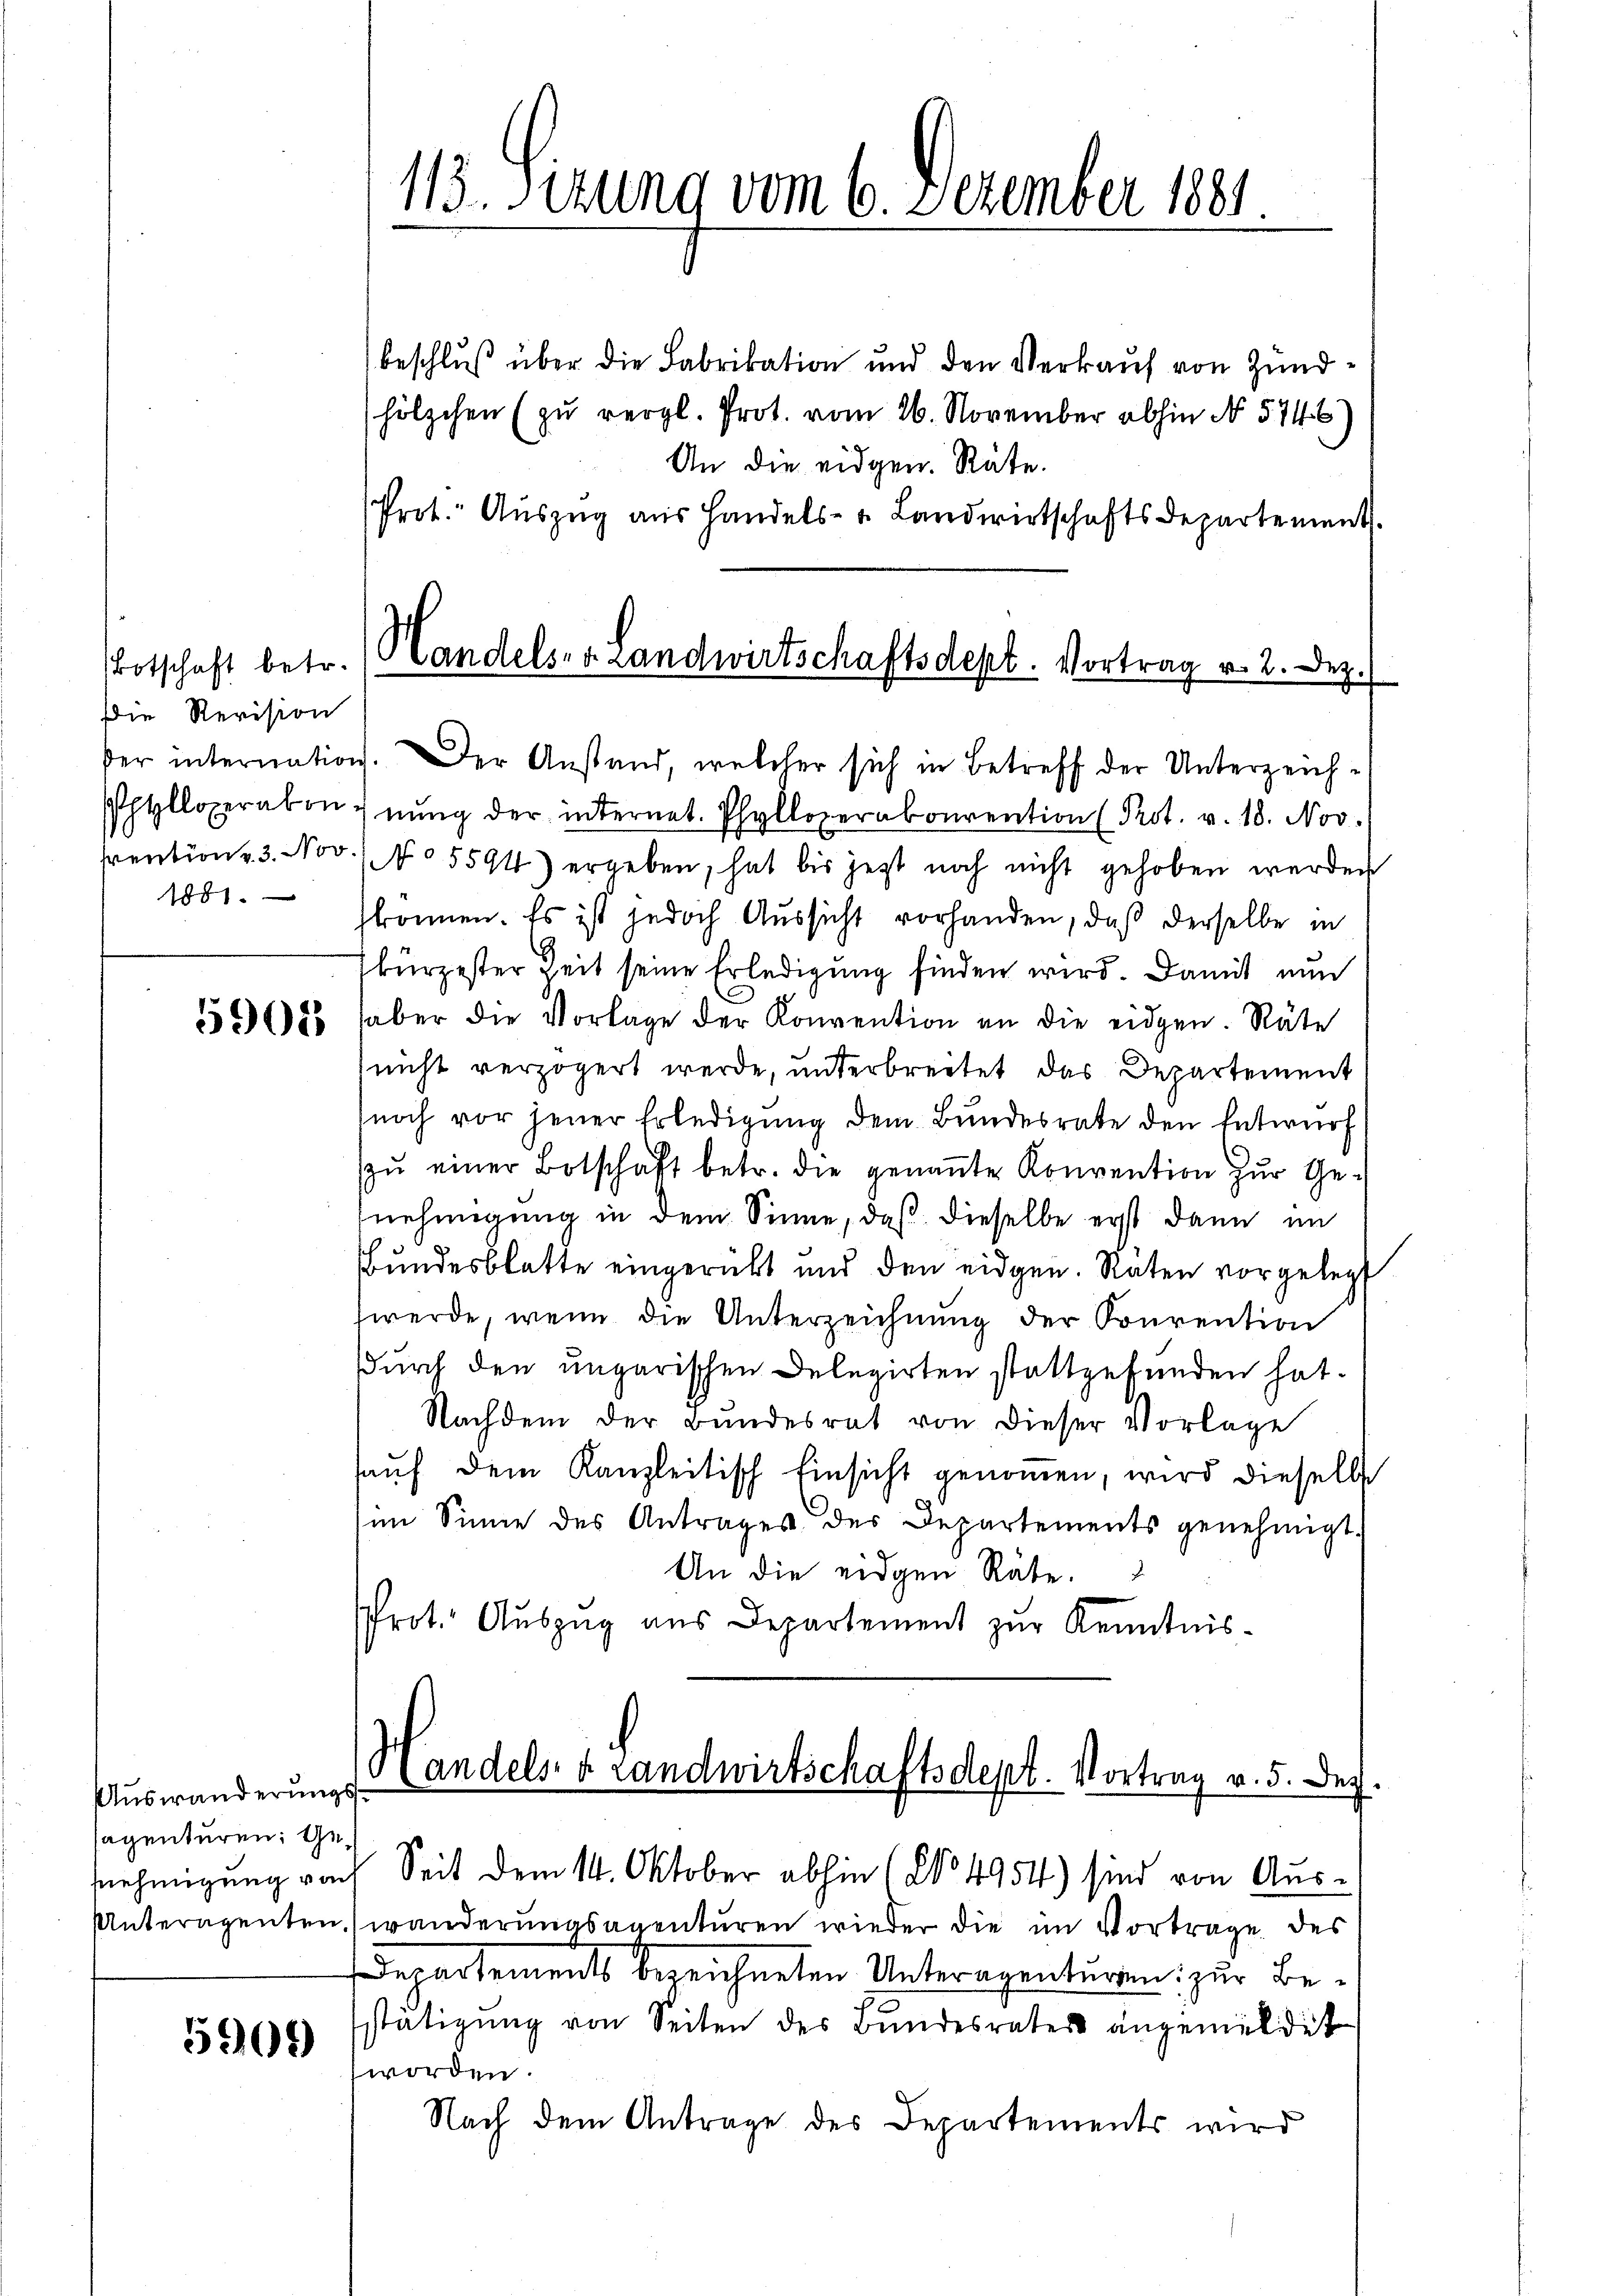
Botschaft betr.
Die Revision
1881.

5902

Auswanderungssagenturen: Ge¬

5909)

113. Sitzung vom 6. Dezember 1881.

beschluß über die Fabrikation und den Verkauf von Zundhölzchen (zŭ vergl. Prot. vom 26. November abhin No 5746)
An die eidgen. Räte.
Prot. Auszug aus Handels- u. Landwirtschaftsdepartement.
Handels- v. Landwirtschaftsdept. Vortrag v. 2. Dez.

der internation. Der Anstand, welcher sich in Betreff der Unterzeich¬
Phtlloperabonnung der internet. Phylloperakonvention (Prot. v. 18. Nov.
tention 3. Nov., No 5591) ergeben, hat bis jetzt noch nicht gehoben werden
können. Es ist jedoch Aussicht vorhanden, daß derselbe in
kürzester Zeit seine Erledigung finden wird. Damit nun
haber die Vorlage der Konvention an die eidgen. Räte
nicht verzögert werde, unterbreitet das Departement
noch vor jener Erledigung dem Bundesrate den Entwurf
zŭ einer Botschaft betr. die genannte Konvention zur Genehmigung in dem Sinne, daß dieselbe erst dann im
Bundesblatte eingerückt und den eidgen. Raten vorgelegt
werde, wenn die Unterzeichnung der Courention
durch den ungarischen Delegirten stattgefunden hat.
Nachdem der Bŭndesrat von dieser Vorlage
hauf dem Kanzleitisch Einsicht genoṁen, wird dieselb
im Sinne des Antrages der Departements genehmigt.
An die eidgen Räte.
J
Prot. Auszug aus Departement zur Kenntnis-

Unteragenten, wanderungsagenturen wieder die im Vortrage des
Departements bezeichneten Unteragenturten: zur Bestätigung von Seiten des Bundesrates angemeldet
worden.
Nach dem Antrage des Departements wird

Handels- & Landwirtschaftsdept. Vortrag v. 5. Dez.
nehmigung von Seit dem 14. Oktober abhin (No. 4954) sind von Aus¬